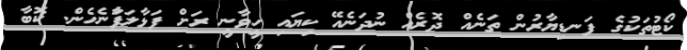
ކޯޓުތަކުގެ ފަނޑިޔާރުން ތަނެއް ދޮރެއް ނުދަނެއޭ ކިޔައި ހީވާނީ ރަށް ފަޅާލަފަާނެހެން. ކޮބާ